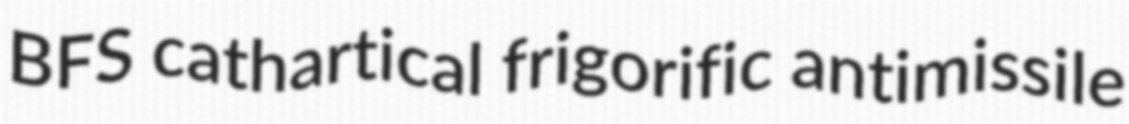
BFS cathartical frigorific antimissile